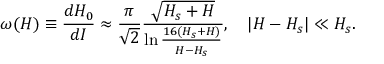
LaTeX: \omega ( H ) \equiv \frac { d H _ { 0 } } { d I } \approx \frac { \pi } { \sqrt { 2 } } \frac { \sqrt { H _ { s } + H } } { \ln { \frac { 1 6 ( H _ { s } + H ) } { H - H _ { s } } } } , \quad | H - H _ { s } | \ll H _ { s } .